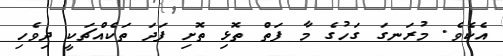
އެކެވެ. މުރަނގަ ގަހުގެ މާ ފަތް ތޮޅި ތޮށި ފަދަ ތަކެއްޗަކީ ދިވެހި